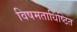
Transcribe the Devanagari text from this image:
विषमताधिष्ठित